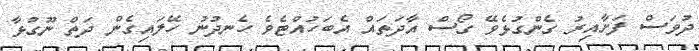
ދުވަސް ފަށާއިރު ގެންގުޅެވޭ ގޯސް އާދަތައް އެބަހުއްޓެވެ ހެނދުނު ހޭލައިގެން ދަތް ނޫގުޅާ